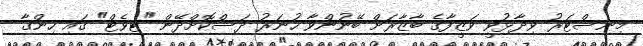
މިނިސްޓަރު ވިދާޅުވީ ވަޒީފާގެ ބާޒާރަށް ބޭނުންވާ ހުނަރު ދަސްކޮށްދޭން "ޓިވެޓް" ގައި ހިންގާ